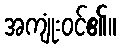
အကျုံးဝင်၏။